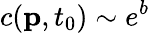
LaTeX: c(\textbf{p},t_{0})\sim e^{b}